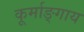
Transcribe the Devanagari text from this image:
कूर्माङ्गाय